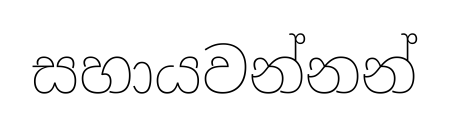
සහායවන්නන්